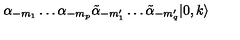
\alpha _ { - m _ { 1 } } \ldots \alpha _ { - m _ { p } } \tilde { \alpha } _ { - m _ { 1 } ^ { \prime } } \ldots \tilde { \alpha } _ { - m _ { q } ^ { \prime } } | 0 , k \rangle